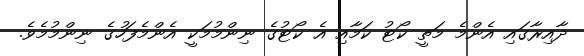
ދާއިރާގައި އެންމެ މަތީ ކޯޓު ކަމާއި އެ ކޯޓުގެ ނިންމުމަކީ އެންމެފަހުގެ ނިންމުމެވެ.